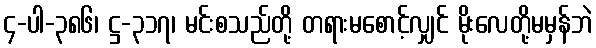
၄-ပါ-၃၈၆၊ ဋ္ဌ-၃၁၇၊ မင်းစသည်တို့ တရားမစောင့်လျှင် မိုးလေတို့မမှန်ဘဲ